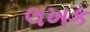
લખક